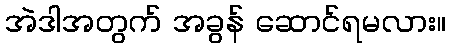
အဲဒါအတွက် အခွန် ဆောင်ရမလား။